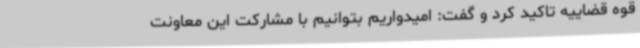
قوه قضاییه تاکید کرد و گفت: امیدواریم بتوانیم با مشارکت این معاونت